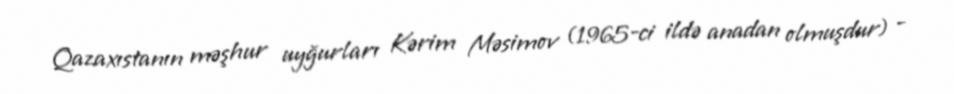
Qazaxıstanın məşhur uyğurları Kərim Məsimov (1965-ci ildə anadan olmuşdur) -